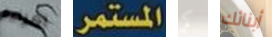
امراءة المستمر كم أبنائك